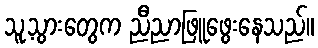
သူ့သွားတွေက ညီညာဖြူဖွေးနေသည်။